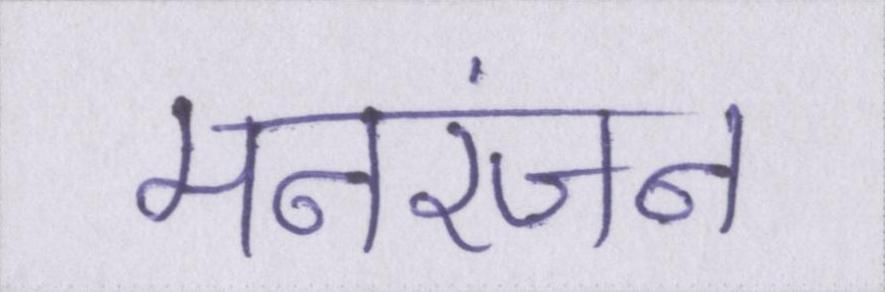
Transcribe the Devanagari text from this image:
मनरंजन